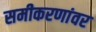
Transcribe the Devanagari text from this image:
समीकरणांवर